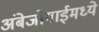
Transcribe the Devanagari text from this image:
अंबेजोगाईमध्ये